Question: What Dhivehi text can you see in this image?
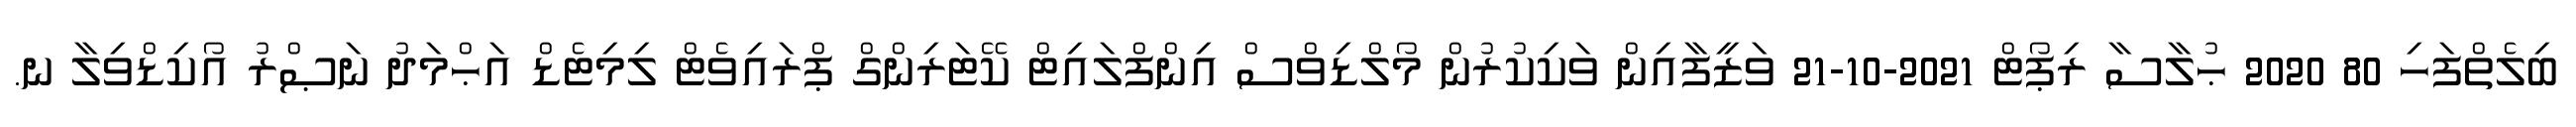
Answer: ބިލެތްފަހި 80 2020 ޙުލާސާ ރިޕޯޓް 2021-10-21 ވަޒީފާއިން ވަކިކުރުން މޯލްޑިވްސް އިންފްލައިޓް ކޭޓަރިންގް ޕްރައިވެޓް ލިމިޓެޑް އަޙްމަދު ނަޞްރު އޯކިޑްވިލާ ނ.